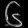
Digit: ၆